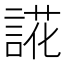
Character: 誮